Indian Medical Review
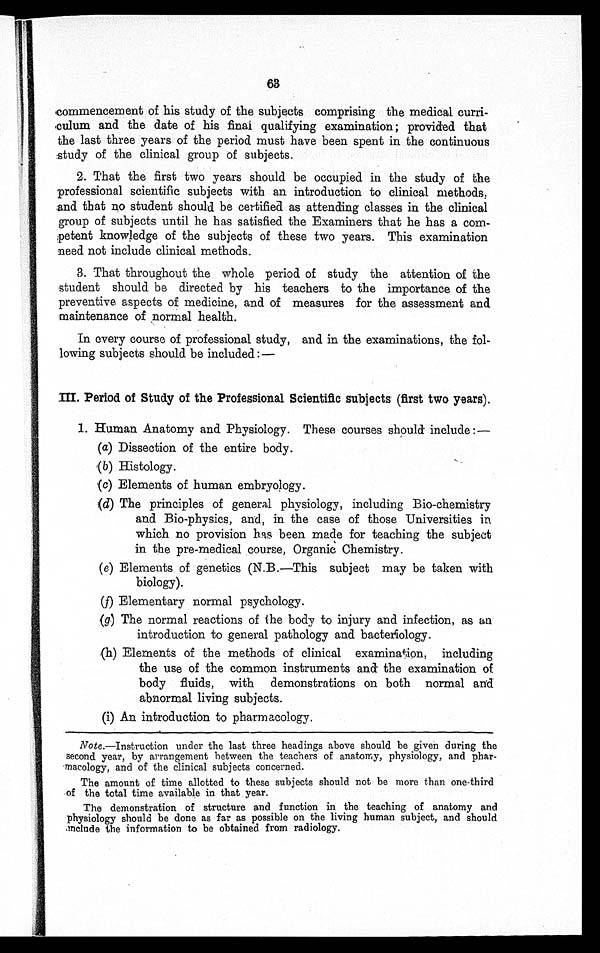
63
commencement of his study of the subjects comprising the medical curri-
culum and the date of his final qualifying examination; provided that
the last three years of the period must have been spent in the continuous
study of the clinical group of subjects.
2. That the first two years should be occupied in the study of the
professional scientific subjects with an introduction to clinical methods,
and that no student should be certified as attending classes in the clinical
group of subjects until he has satisfied the Examiners that he has a com-
petent knowledge of the subjects of these two years. This examination
need not include clinical methods.
3. That throughout the whole period of study the attention of the
student should be directed by his teachers to the importance of the
preventive aspects of medicine, and of measures for the assessment and
maintenance of normal health.
In every course of professional study, and in the examinations, the fol-
lowing subjects should be included:—
III. Period of Study of the Professional Scientific subjects (first two years).
1. Human Anatomy and Physiology. These courses should include :
—
(a) Dissection of the entire body.
(b) Histology.
(c) Elements of human embryology.
(d) The principles of general physiology, including Bio-chemistry
and Bio-physics, and, in the case of those Universities in
which no provision has been made for teaching the subject
in the pre-medical course, Organic Chemistry.
(e) Elements of genetics (N.B.—This subject may be taken with
biology).
(f) Elementary normal psychology.
(g) The normal reactions of the body to injury and infection, as an
introduction to general pathology and bacteriology.
(h)
( h ) E l e m e n t s o f t h e m e t h o d s o f c l i n i c a l e x a m i n a t i o n , i n c l u d i n g
the use of the common instruments and the examination of
body fluids, with demonstrations on both normal and
abnormal living subjects.
(i) An introduction to pharmacology.
Note .—Instruction under the last three headings above should be given during the
second year, by arrangement between the teachers of anatomy, physiology, and
pharmacology, and of the clinical subjects concerned.
The amount of time allotted to these subjects should not be more than one-third
of the total time available in that year.
The demonstration of structure and function in the teaching of anatomy and
physiology should be done as far as possible on the living human subject, and should
Include the information to be obtained from radiology
.